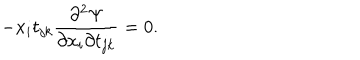
LaTeX: - x _ { i } t _ { j k } \frac { \partial ^ { 2 } \Psi } { \partial x _ { i } \partial t _ { j k } } = 0 .